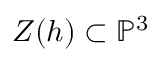
Z ( h ) \subset \mathbb { P } ^ { 3 }